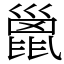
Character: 巤